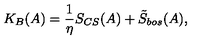
K _ { B } ( A ) = \frac 1 \eta S _ { C S } ( A ) + \tilde { S } _ { b o s } ( A ) ,